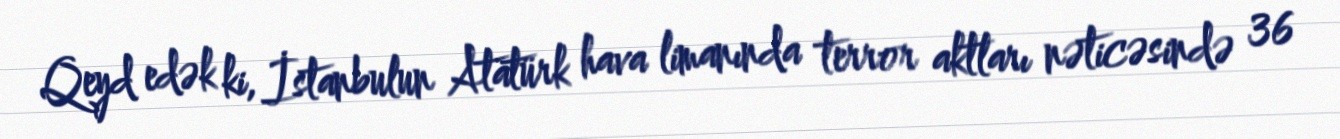
Qeyd edək ki, İstanbulun Atatürk hava limanında terror aktları nəticəsində 36